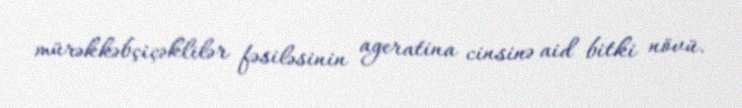
mürəkkəbçiçəklilər fəsiləsinin ageratina cinsinə aid bitki növü.